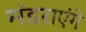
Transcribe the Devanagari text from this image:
मंडराएंगे